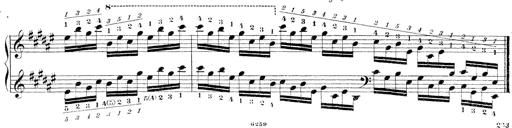
Title: Technische Studien
Composer: Franz Liszt